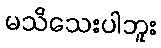
မသိသေးပါဘူး